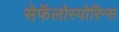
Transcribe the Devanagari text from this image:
सेफॅलोस्पोरिन्स